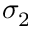
\sigma _ { 2 }